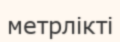
метрлікті